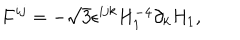
LaTeX: F ^ { i j } = - \sqrt { 3 } \epsilon ^ { i j k } H _ { 1 } ^ { - 4 } \partial _ { k } H _ { 1 } ,